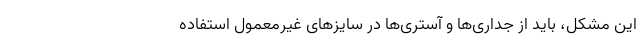
این مشکل، باید از جداری‌ها و آستری‌ها در سایزهای غیرمعمول استفاده